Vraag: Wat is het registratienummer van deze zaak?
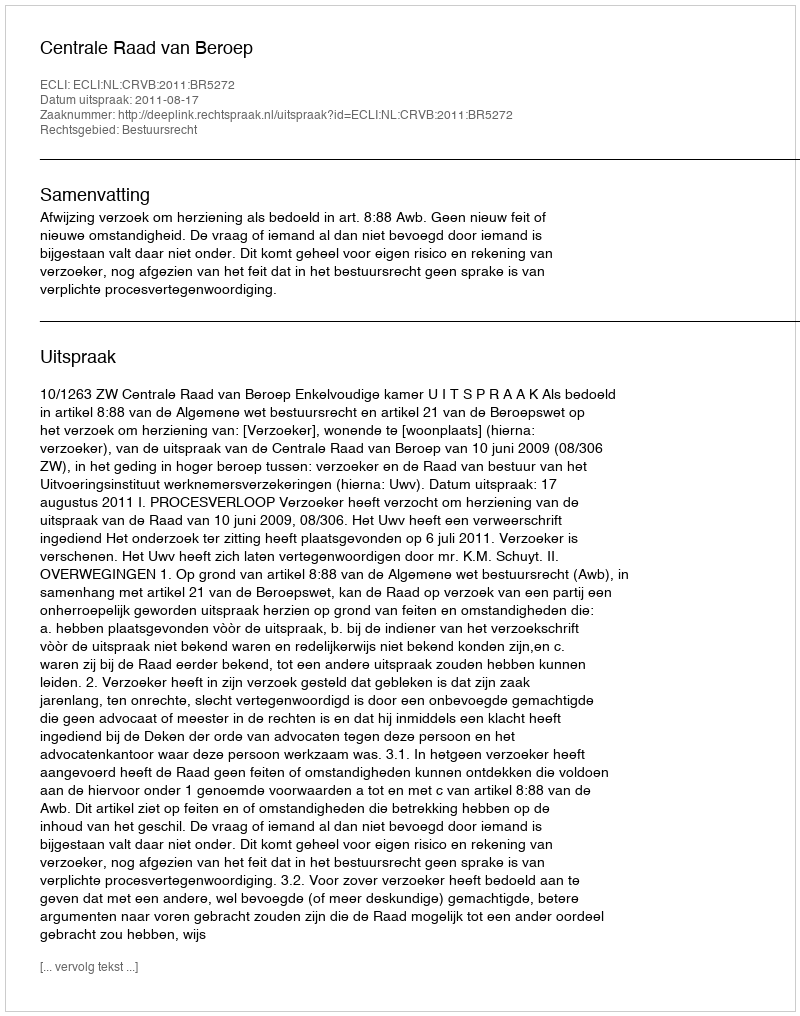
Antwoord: http://deeplink.rechtspraak.nl/uitspraak?id=ECLI:NL:CRVB:2011:BR5272